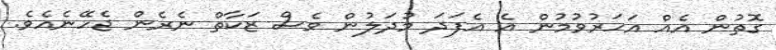
ގޮތުން އެއް އަހަރުވުމުން އެ އެފަދަ މުދަލުން ވެސް ޒަކާތް ނެރެން ޖެހޭނެއެވެ.